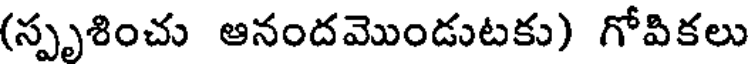
(స్పృశించు ఆనందమొండుటకు) గోవికలు